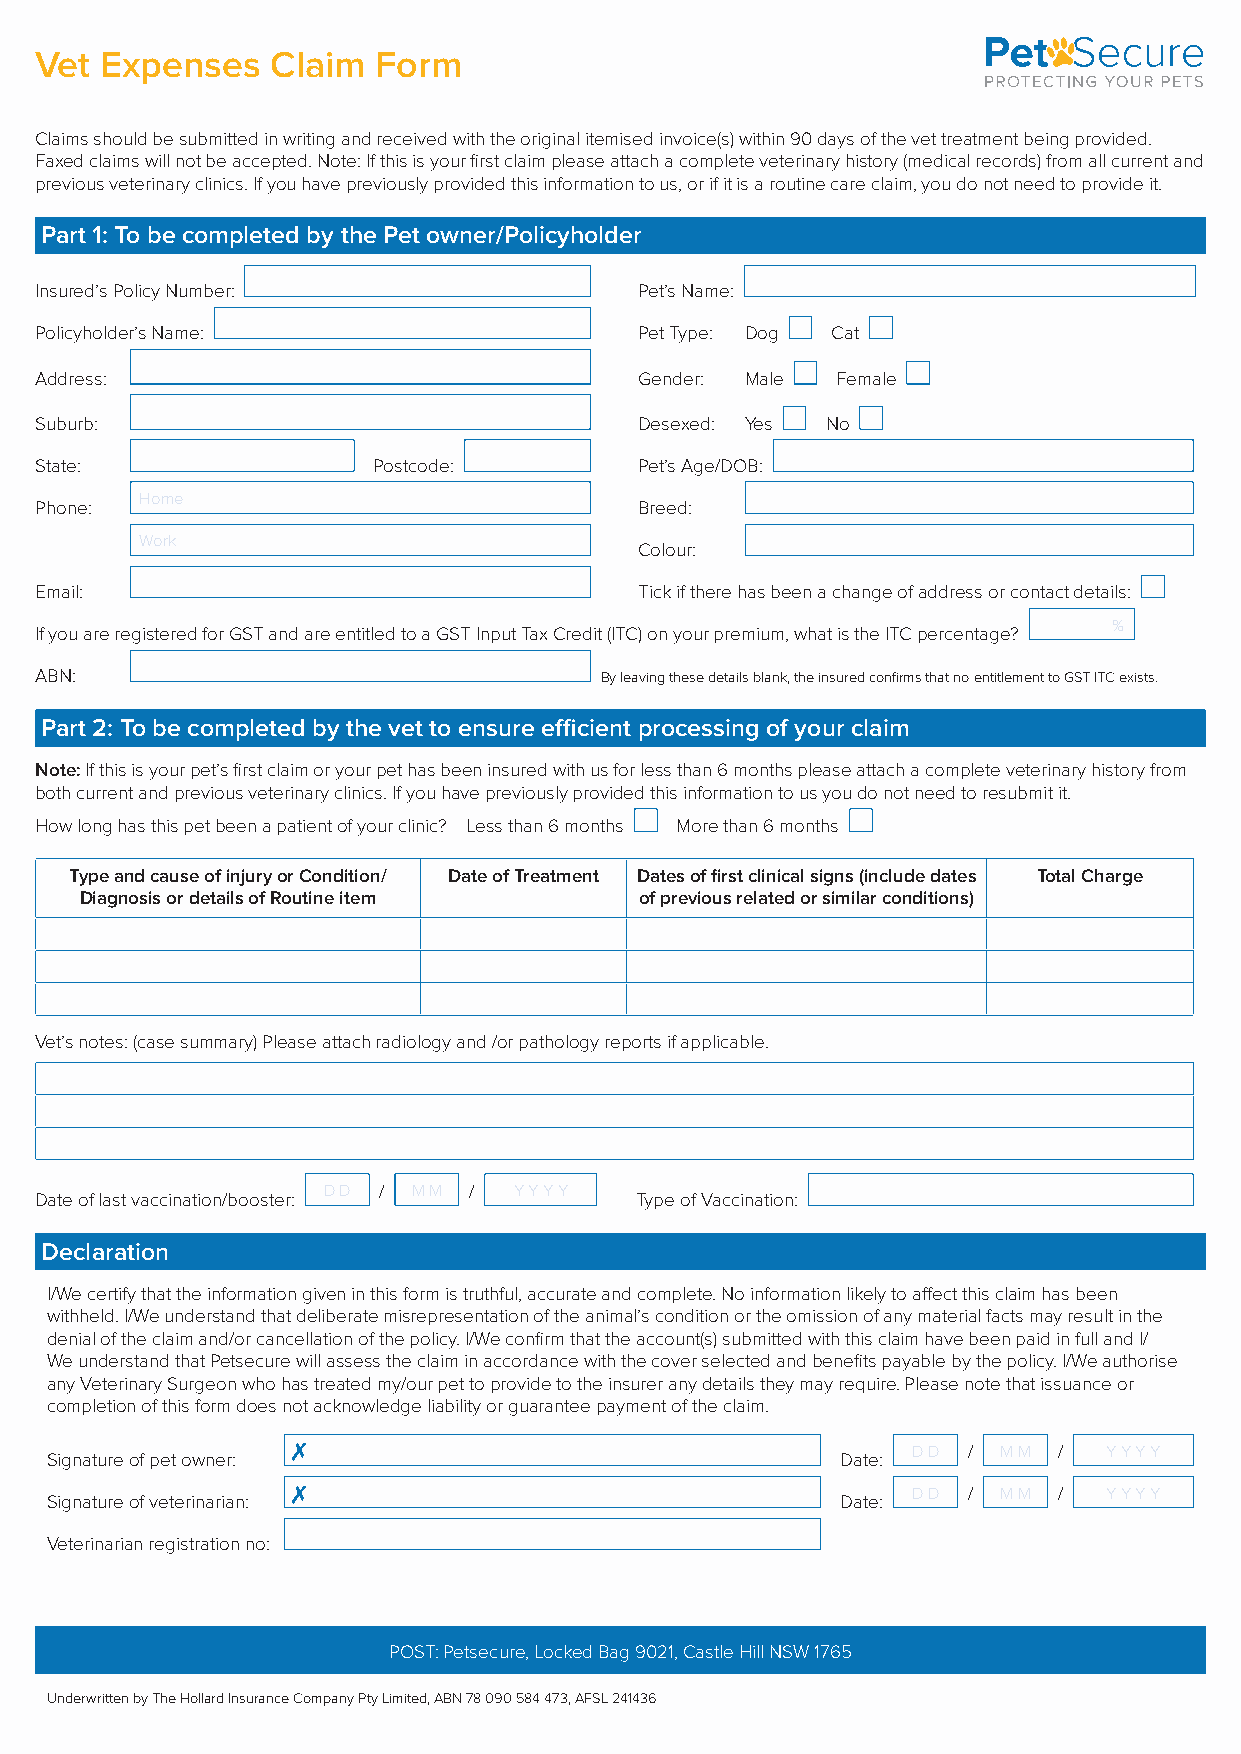
Vet  Expenses   Claim  Form
 Claims should be submitted in writing and received with the original itemised invoice(s) within 90 days of the vet treatment being provided.
 Faxed claims will not be accepted. Note: If this is your first claim please attach a complete veterinary history (medical records) from all current and
 previous veterinary clinics. If you have previously provided this information to us, or if it is a routine care claim, you do not need to provide it.
 Part 1: To be completed by the Pet owner/Policyholder
 Insured’s Policy Number:                Pet’s Name:
 Policyholder’s Name:                    Pet Type: Dog Cat
 Address:                                Gender: Male Female
 Suburb:                                 Desexed: Yes No
 State:                 Postcode:        Pet’s Age/DOB:
 Home
 Phone:                                  Breed:
 Work
 Colour:
 Email:                                  Tick if there has been a change of address or contact details:
 %
 If you are registered for GST and are entitled to a GST Input Tax Credit (ITC) on your premium, what is the ITC percentage?
 ABN:                                  By leaving these details blank, the insured confirms that no entitlement to GST ITC exists.
 Part 2: To be completed by the vet to ensure efficient processing of your claim
 Note: If this is your pet’s first claim or your pet has been insured with us for less than 6 months please attach a complete veterinary history from
 both current and previous veterinary clinics. If you have previously provided this information to us you do not need to resubmit it.
 How long has this pet been a patient of your clinic? Less than 6 months More than 6 months
 Type and cause of injury or Condition/ Date of Treatment Dates of first clinical signs (include dates Total Charge
 Diagnosis or details of Routine item of previous related or similar conditions)
 Vet’s notes: (case summary) Please attach radiology and /or pathology reports if applicable.
 D D / M M /  Y Y Y Y
 Date of last vaccination/booster:       Type of Vaccination:
 Declaration
 I/We certify that the information given in this form is truthful, accurate and complete. No information likely to affect this claim has been
 withheld. I/We understand that deliberate misrepresentation of the animal’s condition or the omission of any material facts may result in the
 denial of the claim and/or cancellation of the policy. I/We confirm that the account(s) submitted with this claim have been paid in full and I/
 We understand that Petsecure will assess the claim in accordance with the cover selected and benefits payable by the policy. I/We authorise
 any Veterinary Surgeon who has treated my/our pet to provide to the insurer any details they may require. Please note that issuance or
 completion of this form does not acknowledge liability or guarantee payment of the claim.
 7                                        D D / M M /  Y Y Y Y
 Signature of pet owner:                              Date:
 7                                        D D / M M /  Y Y Y Y
 Signature of veterinarian:                           Date:
 Veterinarian registration no:
 POST: Petsecure, Locked Bag 9021, Castle Hill NSW 1765
 Underwritten by The Hollard Insurance Company Pty Limited, ABN 78 090 584 473, AFSL 241436